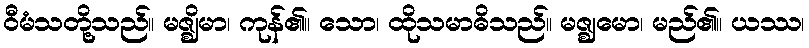
ဝီမံသတို့သည်။ မဇ္ဈိမာ၊ ကုန်၏။ သော၊ ထိုသမာဓိသည်။ မဇ္ဈမော၊ မည်၏။ ယဿ၊